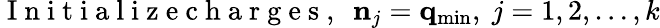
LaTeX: \mathrm{~I~n~i~t~i~a~l~i~z~e~c~h~a~r~g~e~s~,~}~{\mathbf n}_{j}={\mathbf q}_{\mathrm{min}},~j=1,2,\ldots,k